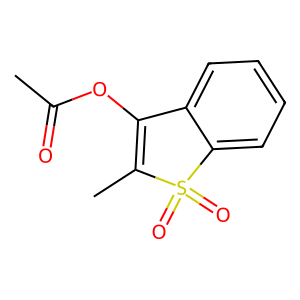
SMILES: CC(=O)OC1=C(C)S(=O)(=O)c2ccccc21
Inhibits HIV replication: No